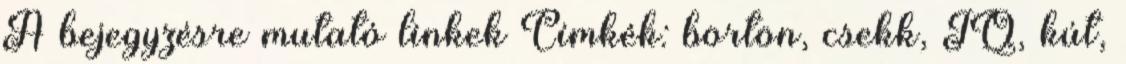
A bejegyzésre mutató linkek Címkék: börtön, csekk, IQ, kút,